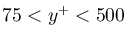
7 5 < y ^ { + } < 5 0 0